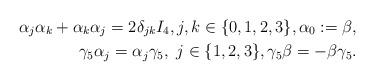
LaTeX: \begin{align*}\alpha_j\alpha_k + \alpha_k\alpha_j = 2\delta_{jk}I_4,j,k\in\{0,1,2,3\}, \alpha_0 := \beta,\\ \gamma_5 \alpha_j = \alpha_j \gamma_5, ~j \in \{ 1, 2, 3\}, \gamma_5 \beta = -\beta \gamma_5.\end{align*}